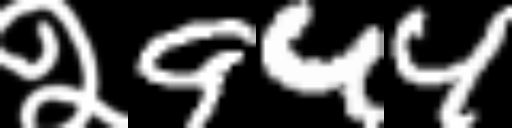
Text: २944